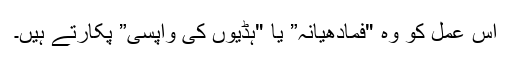
اس عمل کو وہ "فمادھیانہ” یا "ہڈیوں کی واپسی” پکارتے ہیں۔